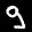
Label: 9